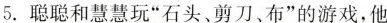
5.聪聪和慧慧玩“石头、剪刀、布”的游戏，他